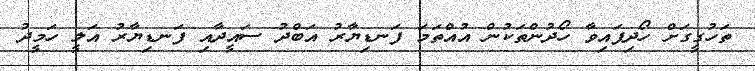
ތަހުގީގަށް ހޯދިފައިވާ ހޯދުންތަކުން އުއްތަމަ ފަނޑިޔާރު އަބްދު ސައީދާއި ފަނޑިޔާރު އަލީ ހަމީދު